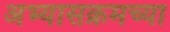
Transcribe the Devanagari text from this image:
अभ्यासक्रमच्या